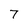
Character: 7